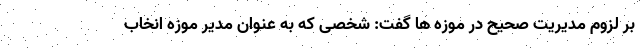
بر لزوم مدیریت صحیح در موزه ها گفت: شخصی که به عنوان مدیر موزه انخاب